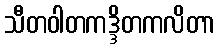
သီတဝါတကဒ္ဒိတကလိတာ